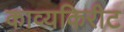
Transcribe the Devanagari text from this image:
काव्यकिरीट